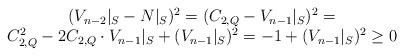
LaTeX: \begin{align*}\begin{array}{c}(V_{n-2}|_S-N|_S)^2=(C_{2,Q}-V_{n-1}|_S)^2=\\C_{2,Q}^2-2C_{2,Q}\cdot V_{n-1}|_S + (V_{n-1}|_S)^2 =-1+(V_{n-1}|_S)^2\geq 0\end{array}\end{align*}